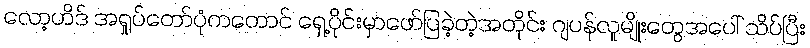
လော့ဟိဒ် အရှုပ်တော်ပုံကတောင် ရှေ့ပိုင်းမှာဖော်ပြခဲ့တဲ့အတိုင်း ဂျပန်လူမျိုးတွေအပေါ် သိပ်ပြီး